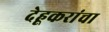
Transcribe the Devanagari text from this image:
देहूकरांचा